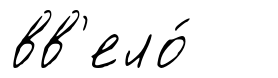
вв'ело́